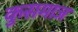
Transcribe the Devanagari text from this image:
कुसमाज